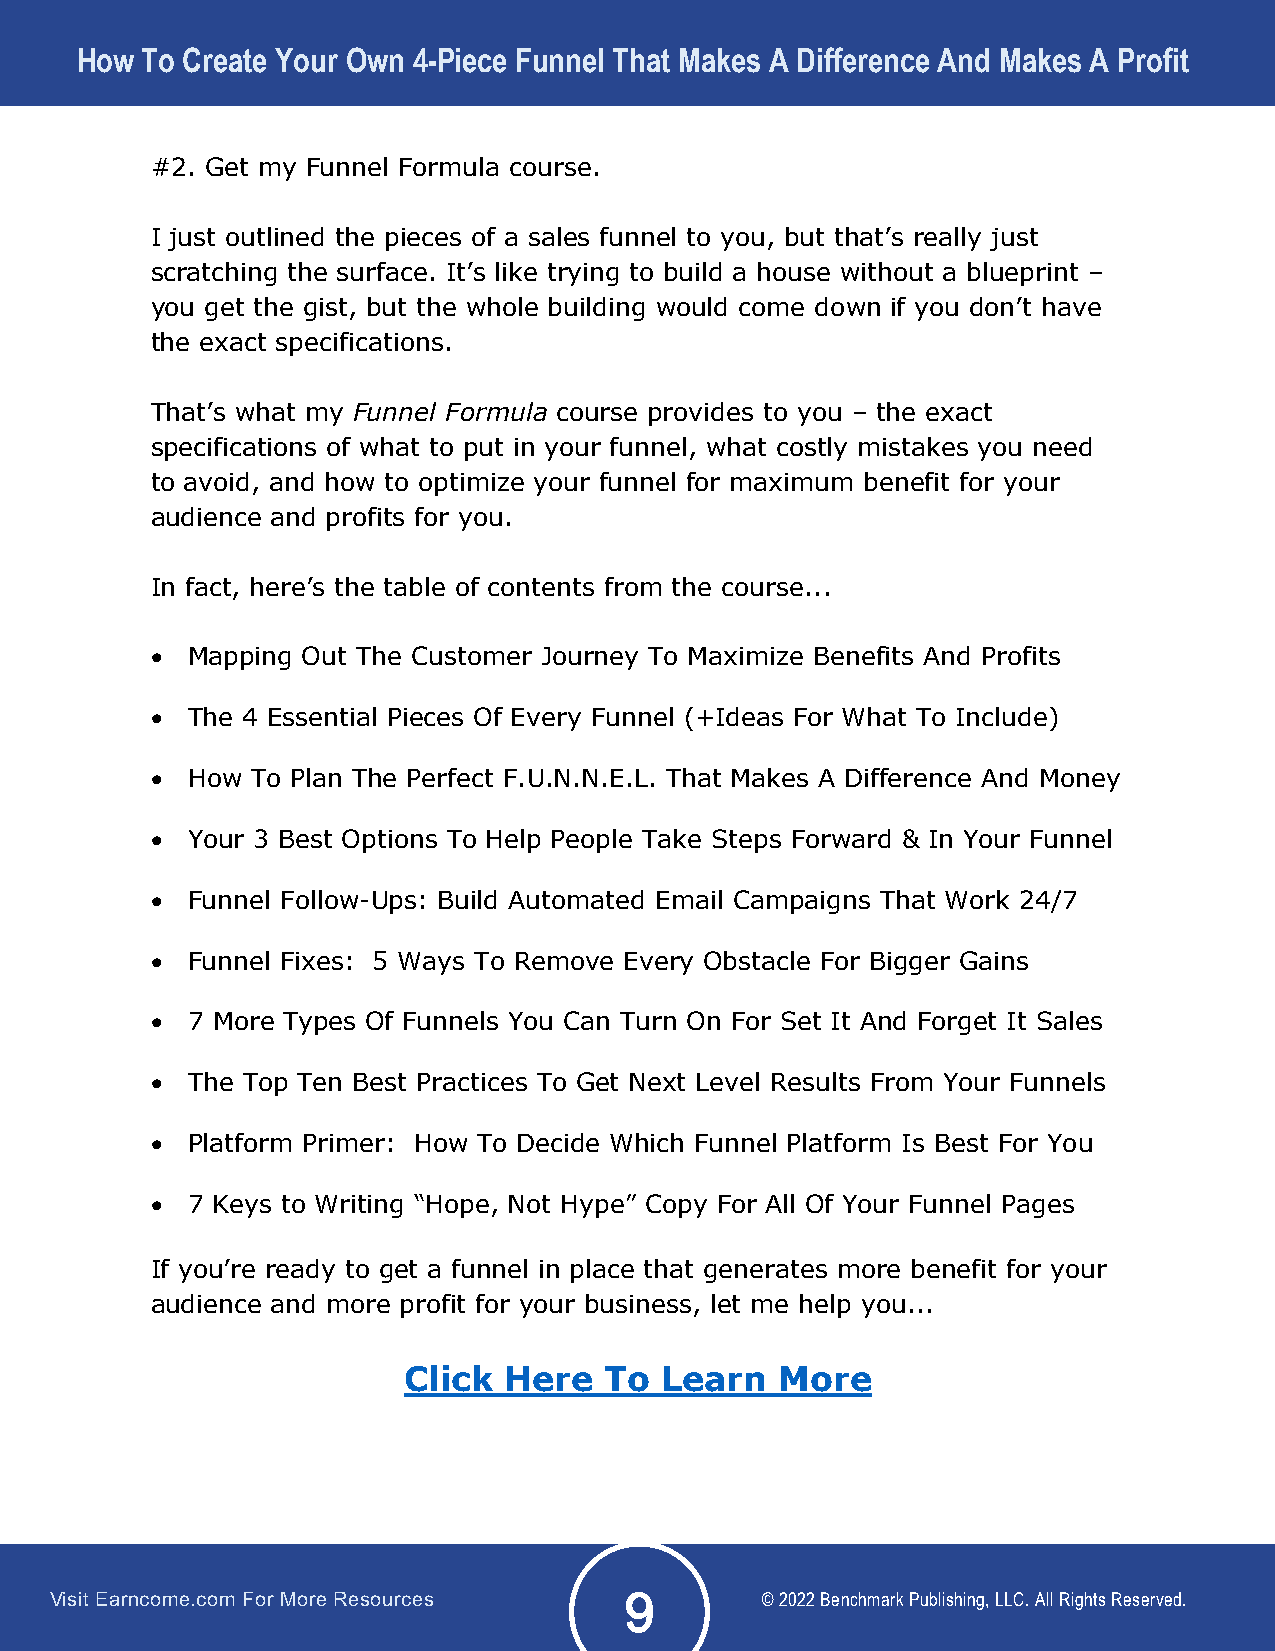
How To Create Your Own 4-Piece Funnel That Makes A Difference And Makes A Profit
 #2. Get my Funnel Formula course.
 I just outlined the pieces of a sales funnel to you, but that’s really just
 scratching the surface. It’s like trying to build a house without a blueprint –
 you get the gist, but the whole building would come down if you don’t have
 the exact specifications.
 That’s what my Funnel Formula course provides to you – the exact
 specifications of what to put in your funnel, what costly mistakes you need
 to avoid, and how to optimize your funnel for maximum benefit for your
 audience and profits for you.
 In fact, here’s the table of contents from the course...
 • Mapping Out The Customer Journey To Maximize Benefits And Profits
 • The 4 Essential Pieces Of Every Funnel (+Ideas For What To Include)
 • How  To Plan The Perfect F.U.N.N.E.L. That Makes A Difference And Money
 • Your 3 Best Options To Help People Take Steps Forward & In Your Funnel
 • Funnel Follow-Ups: Build Automated Email Campaigns That Work 24/7
 • Funnel Fixes: 5 Ways To Remove Every Obstacle For Bigger Gains
 • 7 More Types Of Funnels You Can Turn On For Set It And Forget It Sales
 • The Top Ten Best Practices To Get Next Level Results From Your Funnels
 • Platform Primer: How To Decide Which Funnel Platform Is Best For You
 • 7 Keys to Writing “Hope, Not Hype” Copy For All Of Your Funnel Pages
 If you’re ready to get a funnel in place that generates more benefit for your
 audience and more profit for your business, let me help you...
 Click Here   To  Learn   More
 Visit Earncome.com For More Resources          © 2022 Benchmark Publishing, LLC. All Rights Reserved.